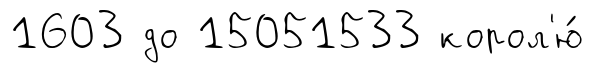
1603 до 15051533 корол'ю́